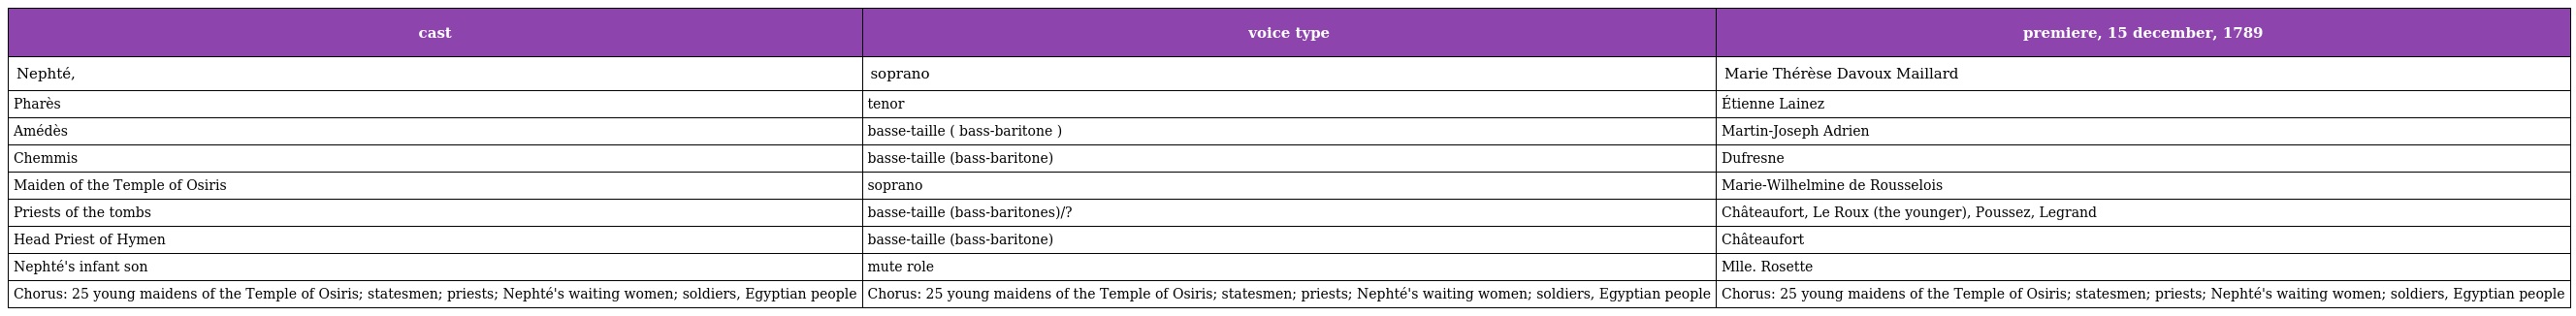
| cast | voice type | premiere, 15 december, 1789 |
 | --- | --- | --- |
 | Nephté, | soprano | Marie Thérèse Davoux Maillard |
 | Pharès | tenor | Étienne Lainez |
 | Amédès | basse-taille ( bass-baritone ) | Martin-Joseph Adrien |
 | Chemmis | basse-taille (bass-baritone) | Dufresne |
 | Maiden of the Temple of Osiris | soprano | Marie-Wilhelmine de Rousselois |
 | Priests of the tombs | basse-taille (bass-baritones)/? | Châteaufort, Le Roux (the younger), Poussez, Legrand |
 | Head Priest of Hymen | basse-taille (bass-baritone) | Châteaufort |
 | Nephté's infant son | mute role | Mlle. Rosette |
 | Chorus: 25 young maidens of the Temple of Osiris; statesmen; priests; Nephté's waiting women; soldiers, Egyptian people | Chorus: 25 young maidens of the Temple of Osiris; statesmen; priests; Nephté's waiting women; soldiers, Egyptian people | Chorus: 25 young maidens of the Temple of Osiris; statesmen; priests; Nephté's waiting women; soldiers, Egyptian people |